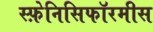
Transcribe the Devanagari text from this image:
स्फ़ेनिसिफॉरमीस